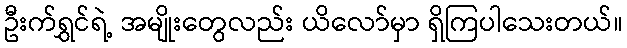
ဦးက်ရွှင်ရဲ့ အမျိုးတွေလည်း ယိလော်မှာ ရှိကြပါသေးတယ်။